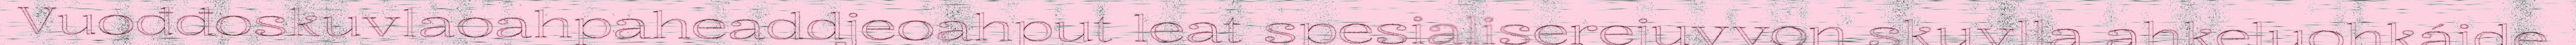
Vuođđoskuvlaoahpaheaddjeoahput leat spesialiserejuvvon skuvlla ahkeluohkáide,